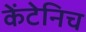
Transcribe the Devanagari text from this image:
केंटेनिच